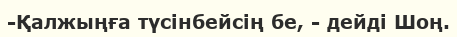
-Қалжыңға түсінбейсің бе, - дейді Шоң.